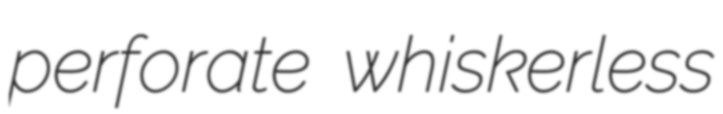
perforate whiskerless